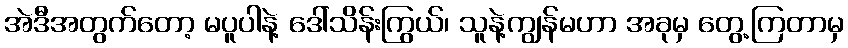
အဲဒီအတွက်တော့ မပူပါနဲ့ ဒေါ်သိန်းကြွယ်၊ သူနဲ့ကျွန်မဟာ အခုမှ တွေ့ကြတာမှ